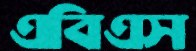
এবিএস